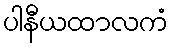
ပါနီယထာလကံ